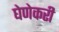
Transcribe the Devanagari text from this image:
घेणेकरी